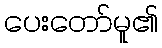
ပေးတော်မူ၏